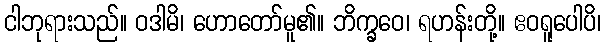
ငါဘုရားသည်။ ဝဒါမိ၊ ဟောတော်မူ၏။ ဘိက္ခဝေ၊ ရဟန်းတို့။ ဧဝရူပေါပိ၊